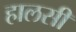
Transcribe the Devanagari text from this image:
हालसी